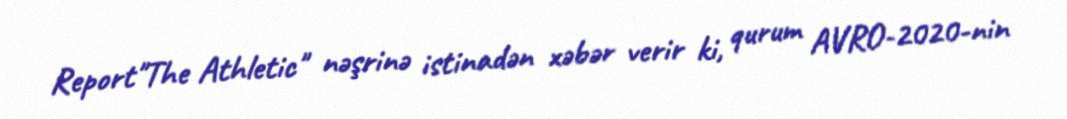
Report"The Athletic" nəşrinə istinadən xəbər verir ki, qurum AVRO-2020-nin